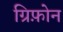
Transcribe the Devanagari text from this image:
ग्रिफ़ोन